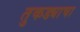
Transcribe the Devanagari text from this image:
तुकड्याचा